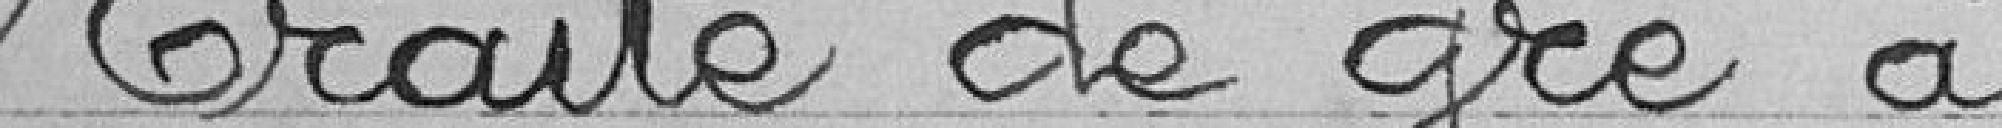
Traité de gré à